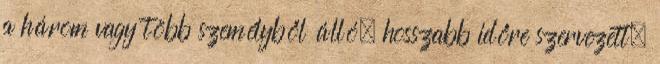
a három vagy több személyből álló, hosszabb időre szervezett,